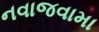
નવાજવામા